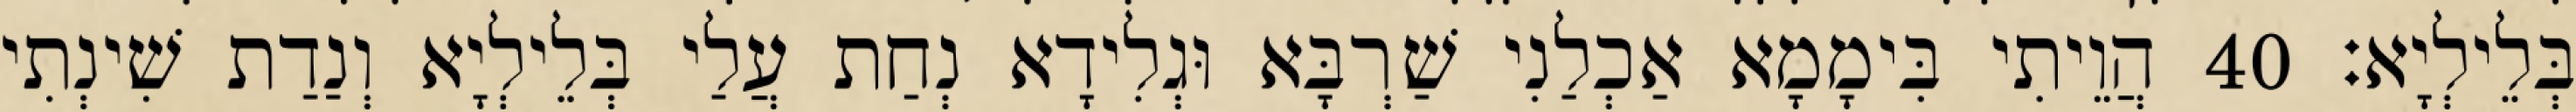
בְּלֵילְיָא׃ 40 הֲוֵיתִי בִּימָמָא אַכְלַנִי שַׁרְבָּא וּגְלִידָא נְחַת עֲלַי בְּלֵילְיָא וְנַדַת שִׁינְתִי